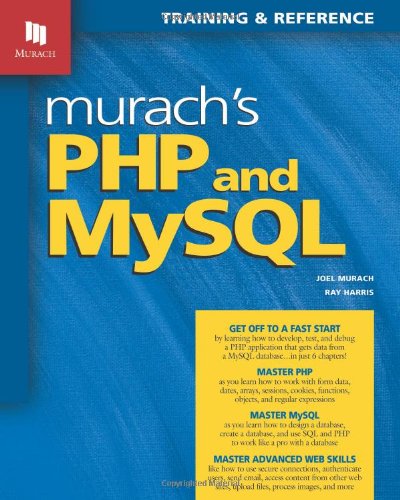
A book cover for Murach's PHP and MySQL (Murach: Training & Reference); Joel Murach; Computers & Technology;